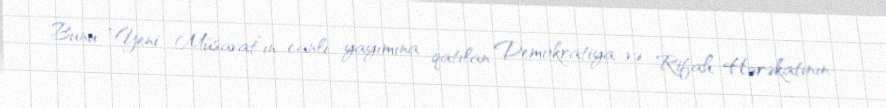
Bunu “Yeni Müsavat”ın canlı yayımına qatılan Demokratiya və Rifah Hərəkatının